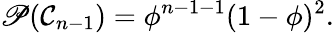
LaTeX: \mathscr{P}(\mathcal{C}_{n-1})=\phi^{n-1-1}(1-\phi)^{2}.